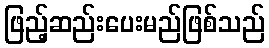
ဖြည့်ဆည်းပေးမည်ဖြစ်သည်